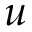
u